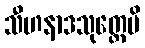
သီဟနာဒသုတ္တေပိ